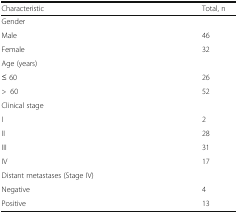
<table><thead><tr><td><b>Characteristic</b></td><td><b>Total, n</b></td></tr></thead><tbody><tr><td colspan="2">Gender</td></tr><tr><td>Male</td><td>46</td></tr><tr><td>Female</td><td>32</td></tr><tr><td colspan="2">Age (years)</td></tr><tr><td>≤ 60</td><td>26</td></tr><tr><td>&gt;60</td><td>52</td></tr><tr><td colspan="2">Clinical stage</td></tr><tr><td>I</td><td>2</td></tr><tr><td>II</td><td>28</td></tr><tr><td>III</td><td>31</td></tr><tr><td>IV</td><td>17</td></tr><tr><td colspan="2">Distant metastases (Stage IV)</td></tr><tr><td>Negative</td><td>4</td></tr><tr><td>Positive</td><td>13</td></tr></tbody></table>